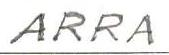
ARPA